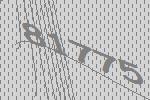
81775